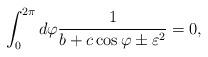
LaTeX: \begin{align*}\int_0^{2\pi}d\varphi \frac{1}{b+c\cos\varphi\pm\varepsilon^2} =0,\end{align*}